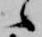
候